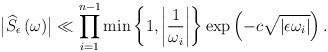
LaTeX: \begin{align*}\bigl|\widehat{S}_{\epsilon}\left(\omega\right)\bigr|\ll\prod_{i=1}^{n-1}\min\left\{ 1,\left|\frac{1}{\omega_{i}}\right|\right\} \exp\left(-c\sqrt{\left|\epsilon\omega_{i}\right|}\right).\end{align*}